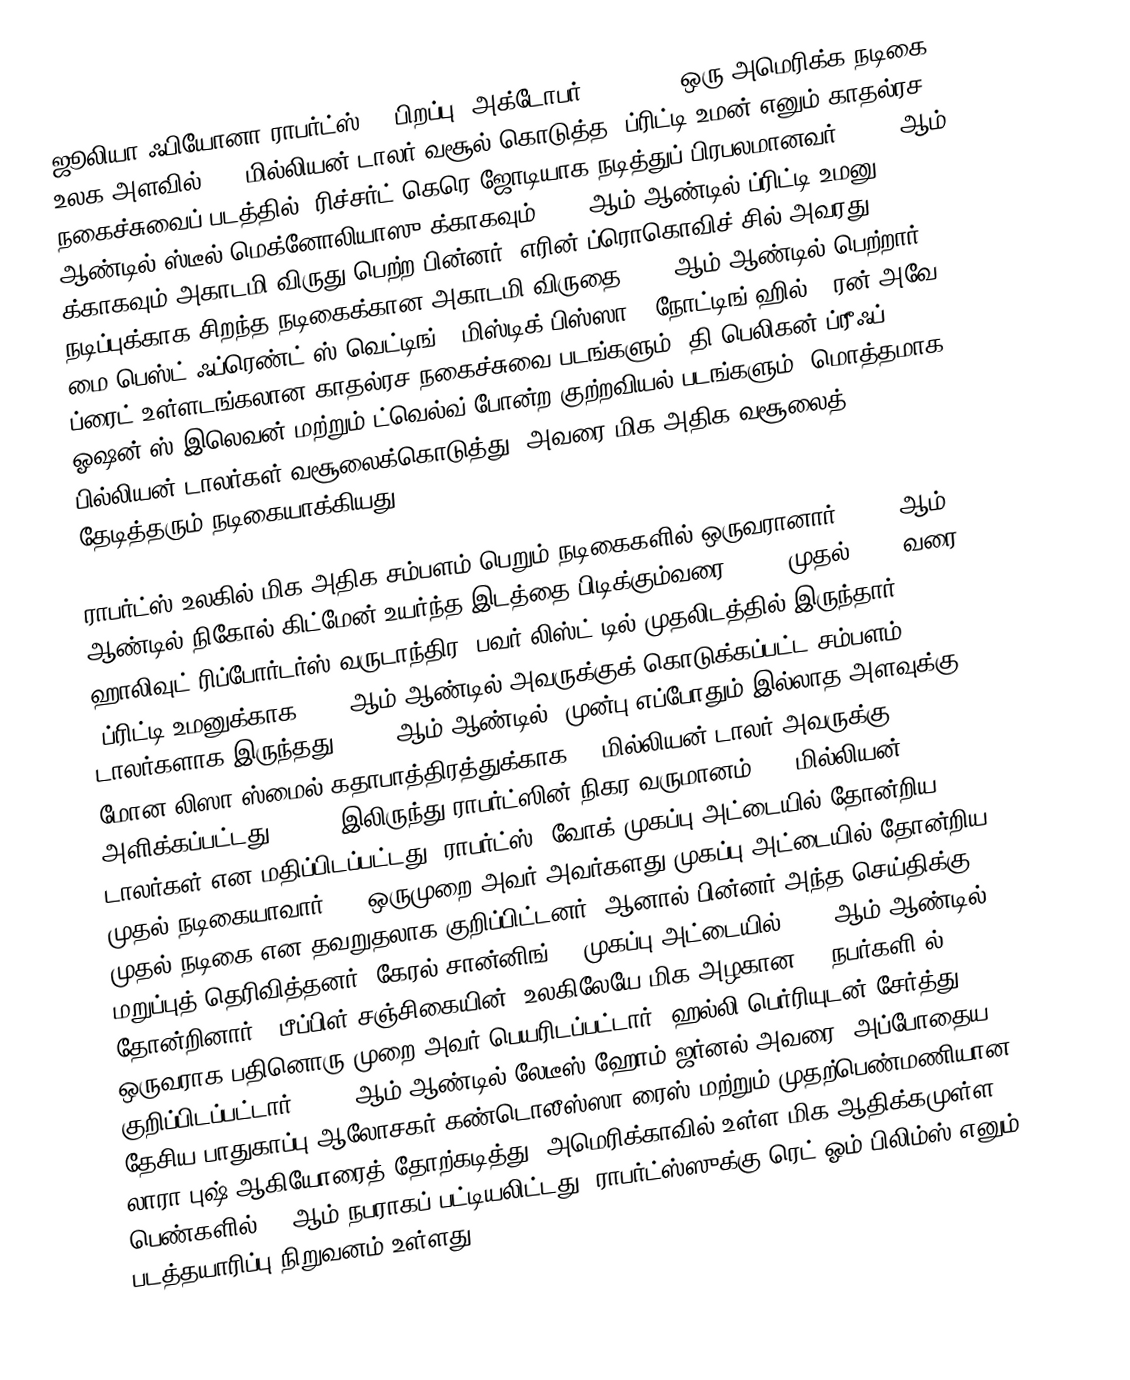
ஜூலியா ஃபியோனா ராபர்ட்ஸ் (, பிறப்பு: அக்டோபர் 28, 1967) ஒரு அமெரிக்க நடிகை. உலக அளவில் 463 மில்லியன் டாலர் வசூல் கொடுத்த, ப்ரிட்டி உமன் எனும் காதல்ரச நகைச்சுவைப் படத்தில், ரிச்சர்ட் கெரெ ஜோடியாக நடித்துப் பிரபலமானவர். 1990 ஆம் ஆண்டில் ஸ்டீல் மெக்னோலியாஸு க்காகவும் 1991 ஆம் ஆண்டில் ப்ரிட்டி உமனு க்காகவும் அகாடமி விருது பெற்ற பின்னர், எரின் ப்ரொகொவிச் சில் அவரது நடிப்புக்காக சிறந்த நடிகைக்கான அகாடமி விருதை 2001 ஆம் ஆண்டில் பெற்றார். மை பெஸ்ட் ஃப்ரெண்ட்'ஸ் வெட்டிங் , மிஸ்டிக் பிஸ்ஸா , நோட்டிங் ஹில் , ரன் அவே ப்ரைட் உள்ளடங்கலான காதல்ரச நகைச்சுவை படங்களும், தி பெலிகன் ப்ரீஃப் , ஓஷன்'ஸ் இலெவன் மற்றும் ட்வெல்வ் போன்ற குற்றவியல் படங்களும், மொத்தமாக 2 பில்லியன் டாலர்கள் வசூலைக்கொடுத்து, அவரை மிக அதிக வசூலைத் தேடித்தரும் நடிகையாக்கியது.

ராபர்ட்ஸ் உலகில் மிக அதிக சம்பளம் பெறும் நடிகைகளில் ஒருவரானார், 2006 ஆம் ஆண்டில் நிகோல் கிட்மேன் உயர்ந்த இடத்தை பிடிக்கும்வரை, 2002 முதல் 2005 வரை , ஹாலிவுட் ரிப்போர்டர்ஸ் வருடாந்திர "பவர் லிஸ்ட்"டில் முதலிடத்தில் இருந்தார்  . 'ப்ரிட்டி உமனுக்காக 1990 ஆம் ஆண்டில் அவருக்குக் கொடுக்கப்பட்ட சம்பளம்  300,000 டாலர்களாக இருந்தது; 2003 ஆம் ஆண்டில், முன்பு எப்போதும் இல்லாத அளவுக்கு , மோன லிஸா ஸ்மைல் கதாபாத்திரத்துக்காக 25 மில்லியன் டாலர் அவருக்கு அளிக்கப்பட்டது    . 2007 இலிருந்து ராபர்ட்ஸின் நிகர வருமானம் 140 மில்லியன் டாலர்கள் என மதிப்பிடப்பட்டது.  ராபர்ட்ஸ், வோக் முகப்பு அட்டையில் தோன்றிய முதல் நடிகையாவார். GQ ஒருமுறை அவர் அவர்களது முகப்பு அட்டையில் தோன்றிய முதல் நடிகை என தவறுதலாக குறிப்பிட்டனர், ஆனால் பின்னர் அந்த செய்திக்கு மறுப்புத் தெரிவித்தனர் (கேரல் சான்னிங் GQ முகப்பு அட்டையில் 1964 ஆம் ஆண்டில் தோன்றினார்). பீப்பிள் சஞ்சிகையின் "உலகிலேயே மிக அழகான 50 நபர்களி"ல் ஒருவராக பதினொரு முறை அவர் பெயரிடப்பட்டார், ஹல்லி பெர்ரியுடன் சேர்த்து குறிப்பிடப்பட்டார். 2001 ஆம் ஆண்டில் லேடீஸ் ஹோம் ஜர்னல் அவரை, அப்போதைய தேசிய பாதுகாப்பு ஆலோசகர் கண்டொலீஸ்ஸா ரைஸ் மற்றும் முதற்பெண்மணியான லாரா புஷ் ஆகியோரைத் தோற்கடித்து, அமெரிக்காவில் உள்ள மிக ஆதிக்கமுள்ள பெண்களில் 11 ஆம் நபராகப் பட்டியலிட்டது. ராபர்ட்ஸ்ஸுக்கு ரெட் ஓம் பிலிம்ஸ் எனும் படத்தயாரிப்பு நிறுவனம் உள்ளது,